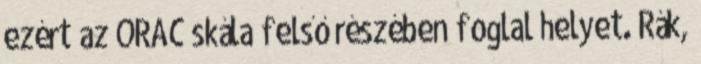
ezért az ORAC skála felső részében foglal helyet. Rák,